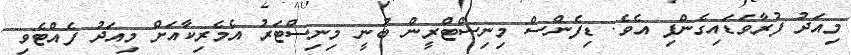
މިއަދު ފުރާވަޑައިގެންފި އެވެ. ޑިފެންސް މިނިސްޓްރީން ބުނީ މިނިސްޓަރު އެމެރިކާއަށް މިއަދު ފެއްޓެވި